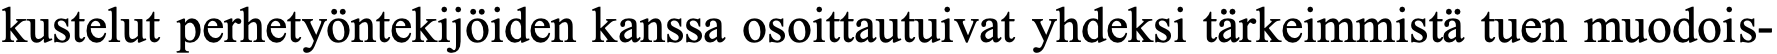
kustelut perhetyöntekijöiden kanssa osoittautuivat yhdeksi tärkeimmistä tuen muodois-